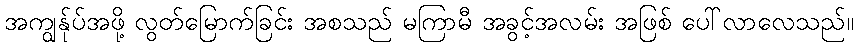
အကျွန်ုပ်အဖို့ လွတ်မြောက်ခြင်း အစသည် မကြာမီ အခွင့်အလမ်း အဖြစ် ပေါ်လာလေသည်။